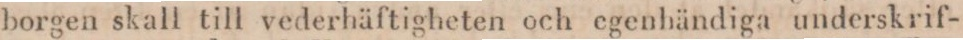
borgen skall till vederhäftigheten och egenhändiga underskrif-